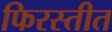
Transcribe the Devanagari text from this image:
फिरस्तीत